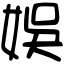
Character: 娛